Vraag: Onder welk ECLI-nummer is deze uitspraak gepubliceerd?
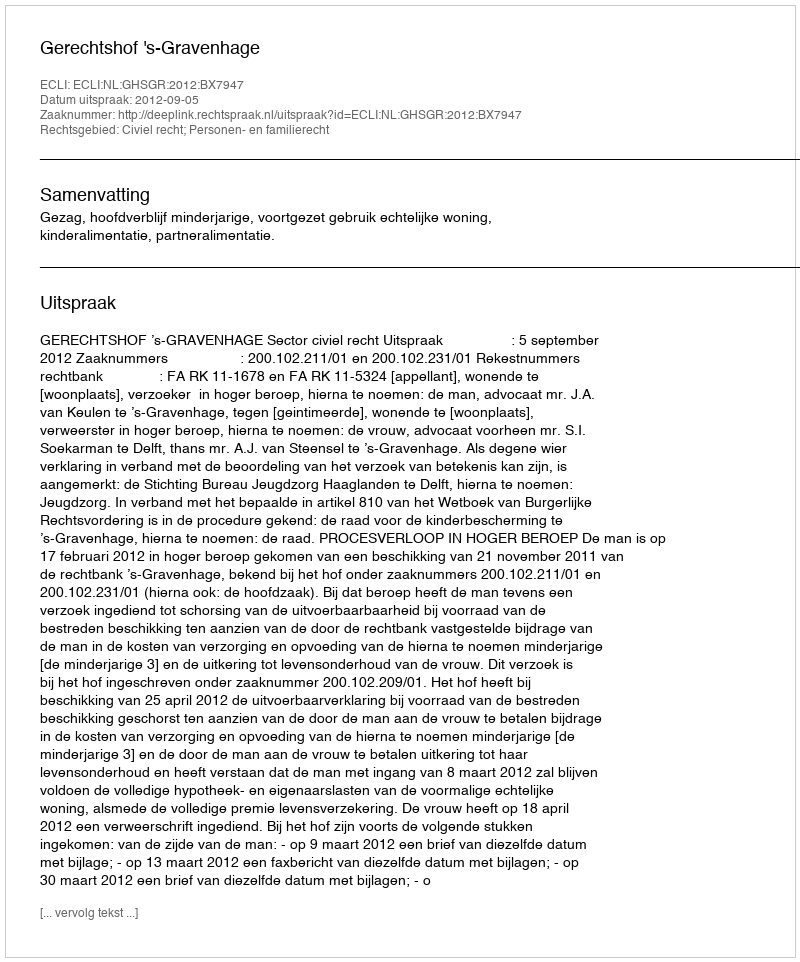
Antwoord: ECLI:NL:GHSGR:2012:BX7947